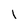
Character: l